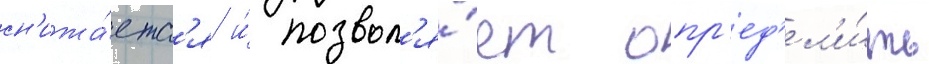
сн'ижа́етс'я и́ позвол'я́ет опр'ед'ел'и́ть